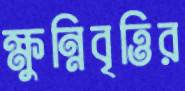
ক্ষুন্নিবৃত্তির